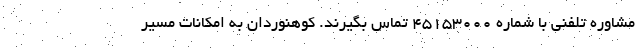
مشاوره تلفنی با شماره ۴۵۱۵۳۰۰۰ تماس بگیرند. کوهنوردان به امکانات مسیر